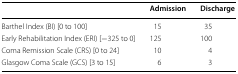
|  | Admission | Discharge |
 | --- | --- | --- |
 | Barthel Index (BI) [0 to 100] | 15 | 35 |
 | Early Rehabilitation Index (ERI) [−325 to 0] | 125 | 100 |
 | Coma Remission Scale (CRS) [0 to 24] | 10 | 4 |
 | Glasgow Coma Scale (GCS) [3 to 15] | 6 | 3 |